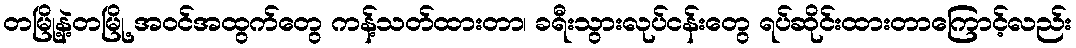
တမြို့နဲ့တမြို့ အဝင်အထွက်တွေ ကန့်သတ်ထားတာ၊ ခရီးသွားလုပ်ငန်းတွေ ရပ်ဆိုင်းထားတာကြောင့်လည်း